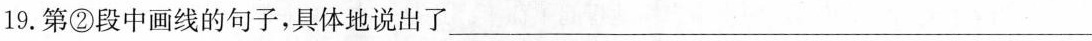
19.第②段中画线的句子，具体地说出了___